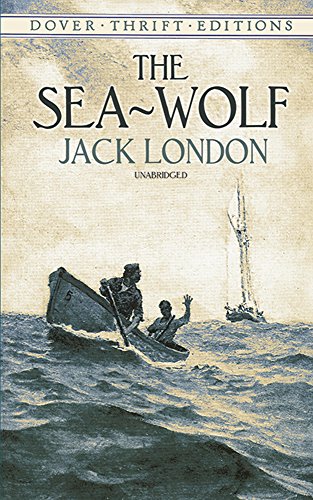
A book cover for The Sea-Wolf (Dover Thrift Editions); Jack London; Literature & Fiction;